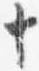
十